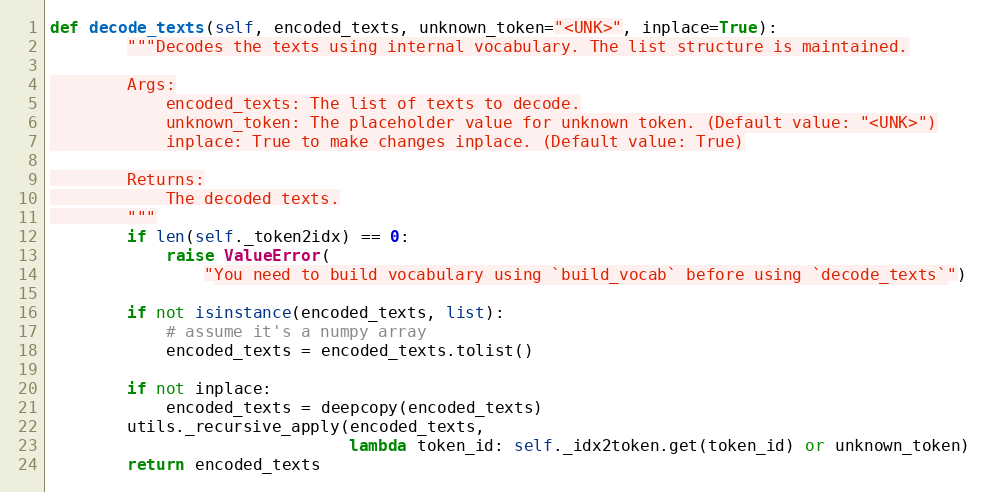
Language: Python
def decode_texts(self, encoded_texts, unknown_token="<UNK>", inplace=True):
        """Decodes the texts using internal vocabulary. The list structure is maintained.

        Args:
            encoded_texts: The list of texts to decode.
            unknown_token: The placeholder value for unknown token. (Default value: "<UNK>")
            inplace: True to make changes inplace. (Default value: True)

        Returns:
            The decoded texts.
        """
        if len(self._token2idx) == 0:
            raise ValueError(
                "You need to build vocabulary using `build_vocab` before using `decode_texts`")

        if not isinstance(encoded_texts, list):
            # assume it's a numpy array
            encoded_texts = encoded_texts.tolist()

        if not inplace:
            encoded_texts = deepcopy(encoded_texts)
        utils._recursive_apply(encoded_texts,
                               lambda token_id: self._idx2token.get(token_id) or unknown_token)
        return encoded_texts